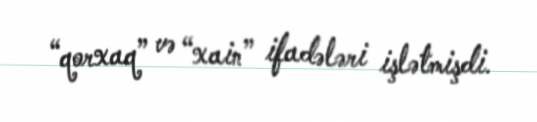
“qorxaq” və “xain” ifadələri işlətmişdi.